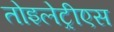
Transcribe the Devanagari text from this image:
तोइलेट्रीएस